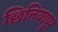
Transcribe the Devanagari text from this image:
छितियापुर